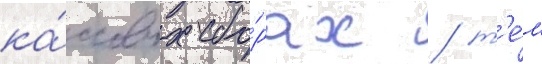
ка́ссовых сбо́рах / т'е́м